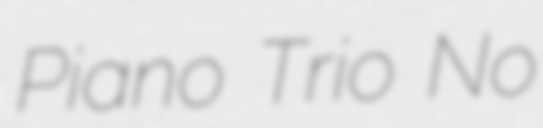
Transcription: Piano Trio No